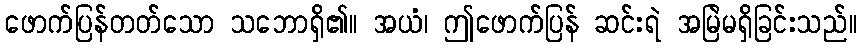
ဖောက်ပြန်တတ်သော သဘောရှိ၏။ အယံ၊ ဤဖောက်ပြန် ဆင်းရဲ အမြဲမရှိခြင်းသည်။